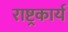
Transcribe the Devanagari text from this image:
राष्ट्रकार्य